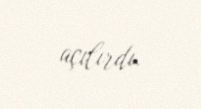
açılırdı.